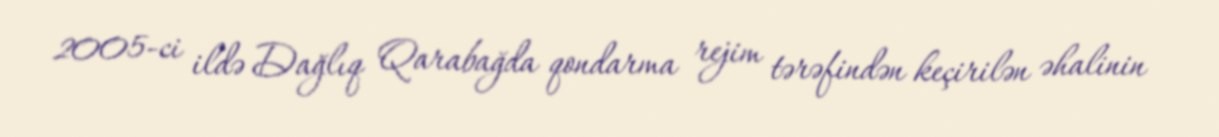
2005-ci ildə Dağlıq Qarabağda qondarma rejim tərəfindən keçirilən əhalinin